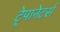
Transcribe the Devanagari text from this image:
ट्रेपानेटर्स